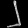
Digit: ၂